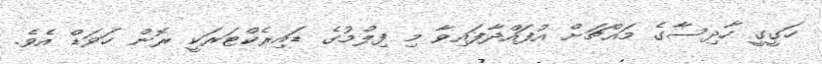
ހަގީގީ ހާދިސާގެ މައްޗަށް އުފައްދާފައިވާ މި ފިލްމުގެ ޑައިރެކްޓަރަކީ ރޮން ހަވަޑް އެވެ.